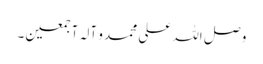
و صل اللہ علی محمد و آلہ آجمعین۔